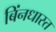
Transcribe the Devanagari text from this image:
बिंनधास्त